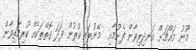
މޫނު މައްޗަށް އަނދިރިވާން ފެށުމާއި  މޭނުބައި ކުރުން ފަދަ ގޮތްތަކެއް ކުރިމަތިވާން